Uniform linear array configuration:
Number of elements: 16
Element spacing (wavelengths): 0.75
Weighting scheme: hamming
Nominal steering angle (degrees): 45
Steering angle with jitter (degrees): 45.869
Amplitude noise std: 0.05
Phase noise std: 0.05

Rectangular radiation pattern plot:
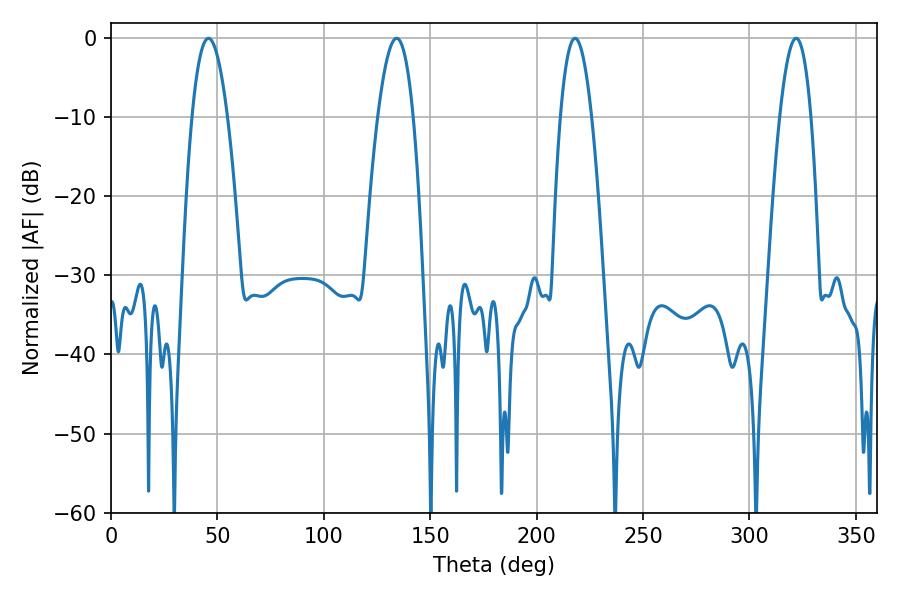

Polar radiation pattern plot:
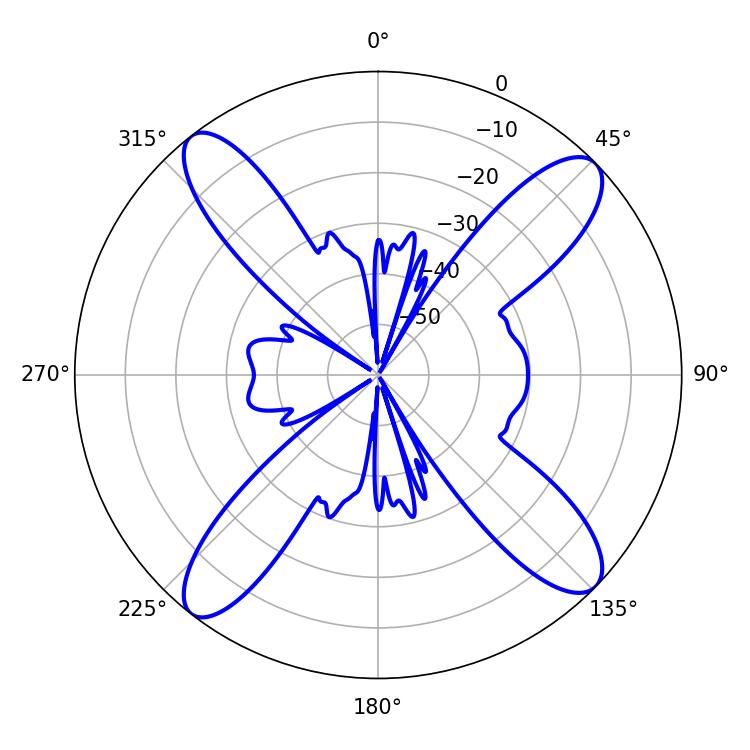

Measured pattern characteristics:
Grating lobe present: TRUE
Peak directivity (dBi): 15.229
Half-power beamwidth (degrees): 9.18
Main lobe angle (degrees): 45.72